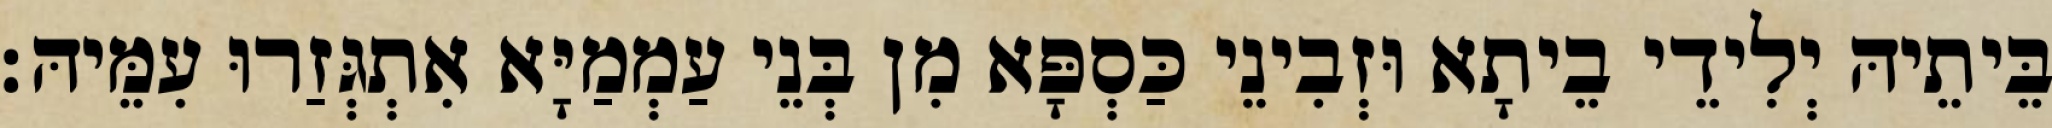
בֵּיתֵיהּ יְלִידֵי בֵיתָא וּזְבִינֵי כַּסְפָּא מִן בְּנֵי עַמְמַיָּא אִתְגְּזַרוּ עִמֵּיהּ׃